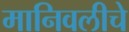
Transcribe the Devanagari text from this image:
मानिवलीचे